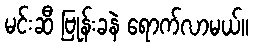
မင်းဆီ ဗြုန်းခနဲ ရောက်လာမယ်။